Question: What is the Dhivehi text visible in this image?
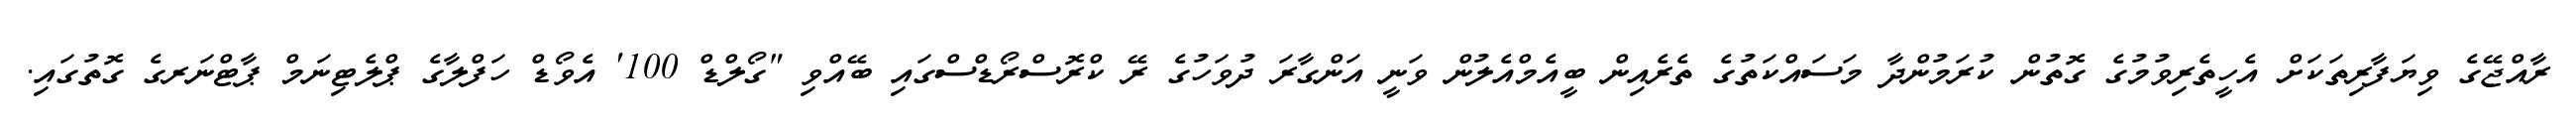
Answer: ރާއްޖޭގެ ވިޔަފާރިތަކަށް އެހީތެރިވުމުގެ ގޮތުން ކުރަމުންދާ މަސައްކަތުގެ ތެރެއިން ބީއެމްއެލުން ވަނީ އަންގާރަ ދުވަހުގެ ރޭ ކްރޮސްރޯޑްސްގައި ބޭއްވި "ގޯލްޑް 100' އެވޯޑް ހަފްލާގެ ޕްލެޓިނަމް ޕާޓްނަރގެ ގޮތުގައި.